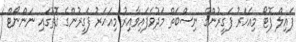
ފައިލް ފޮޓޯ މިއަހަރު ފަގީރުންގެ ނިސްބަތް މަދުވެފައިވާއިރު މިއަހަރު ފަގީރުންގެ ގޮތުގައި ނަންނޯޓް